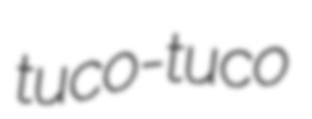
tuco-tuco